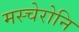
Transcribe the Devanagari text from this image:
मस्चेरोनि